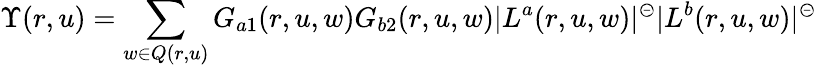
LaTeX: \Upsilon(r,u)=\sum_{w\in Q(r,u)}G_{a1}(r,u,w)G_{b2}(r,u,w)|L^{a}(r,u,w)|^{\circleddash}|L^{b}(r,u,w)|^{\circleddash}